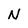
Character: N